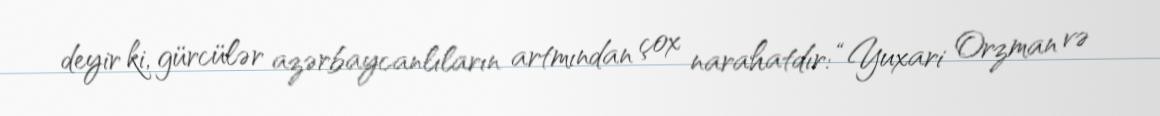
deyir ki, gürcülər azərbaycanlıların artmından çox narahatdır: “Yuxari Orzman və